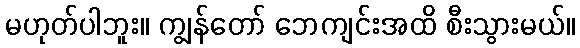
မဟုတ်ပါဘူး။ ကျွန်တော် ဘေကျင်းအထိ စီးသွားမယ်။